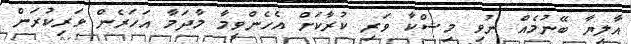
އާލިޔާ ބޭނުމެއް ނުވި މިޝްކާ ވަރި ކުރާކަށް އެހެންވީމާ މާދަމާ އަހަރެން ވަރިކުރަން